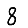
Digit: 8